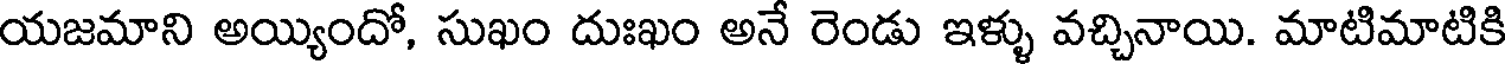
యజమాని అయ్యిందో, సుఖం దుఃఖం అనే రెండు ఇళ్ళు వచ్చినాయి. మాటిమాటికి